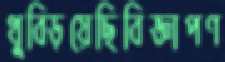
থুব্‌ড়িয়েছিবিজ্ঞাপণ